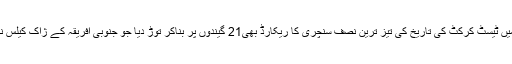
مصباح الحق نے اسی اننگز میں ٹیسٹ کرکٹ کی تاریخ کی تیز ترین نصف سنچری کا ریکارڈ بھی21 گیندوں پر بناکر توڑ دیا جو جنوبی افریقہ کے ژاک کیلس نے 24گیندوں پر قائم کیا تھا۔